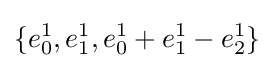
\{e_{0}^{1},e_{1}^{1},e_{0}^{1}+e_{1}^{1}-e_{2}^{1}\}